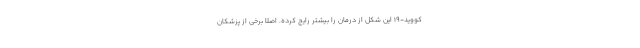
کووید-۱۹ این شکل از درمان را بیشتر رایج کرده. اصلاً برخی از پزشکان